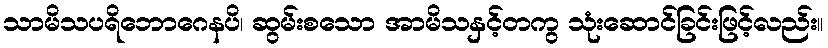
သာမိသပရိဘောဂေနပိ၊ ဆွမ်းစသော အာမိသနှင့်တကွ သုံးဆောင်ခြင်းဖြင့်လည်း။